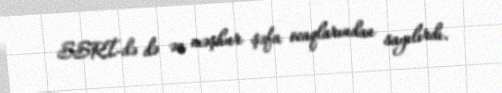
SSRİ-də də ən məşhur şəfa ocaqlarından sayılırdı.